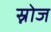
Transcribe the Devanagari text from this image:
स्नोज